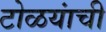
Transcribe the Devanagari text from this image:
टोळयांची